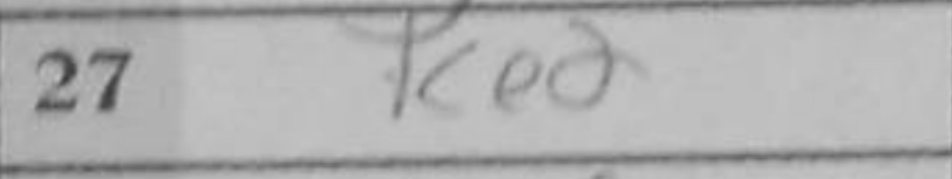
Transcription: Ke2